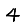
Digit: 4